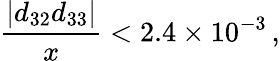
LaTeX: \frac{|d_{32}d_{33}|}{x}<2.4\times 10^{-3}\, ,